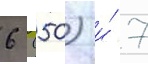
6 (50) и́ 7